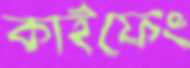
কাইফেং